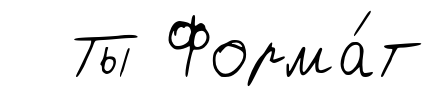
Ты Форма́т